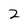
Character: 2